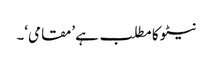
نیٹو کا مطلب ہے ’مقامی‘۔